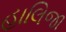
હાલિજા